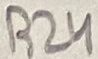
Text: R24